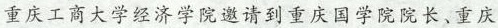
重庆工商大学经济学院邀请到重庆国学院院长、重庆